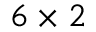
6 \times 2